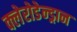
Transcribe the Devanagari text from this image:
क्लेरोडेन्ड्रान